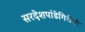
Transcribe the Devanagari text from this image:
सरदेशपांडेगिरीची